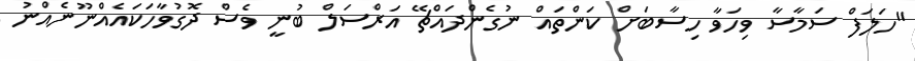
"ހަލަފް ސަމާސާ ވިހަވާ ހިސާބަށް ކަންތައް ނުގެންދައްޗޭ އަރްސަލް ބުނީ ވެސް ދޮގުވާހަކައެއްނޫނެއްނު